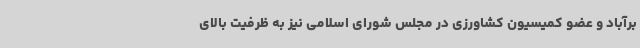
برآباد و عضو کمیسیون کشاورزی در مجلس شورای اسلامی نیز به ظرفیت بالای